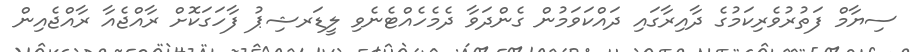
ސިޔާމް ފަތުރުވެރިކަމުގެ ދާއިރާގައި ދައްކަވަމުން ގެންދަވާ ދެމެހެއްޓެނެވި ލީޑަރޝިޕު ފާހަގަކޮށް ރާއްޖެއާ ރާއްޖެއިން